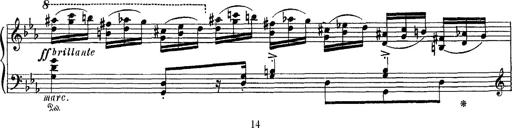
Title: Fantaisie sur des motifs favoris de l'opÃ©ra 'La sonnambula'
Composer: Franz Liszt